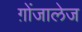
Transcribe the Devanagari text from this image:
ग़ोंजालेज